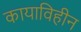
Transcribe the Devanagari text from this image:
कायाविहीन